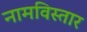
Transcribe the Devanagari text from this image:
नामविस्‍तार